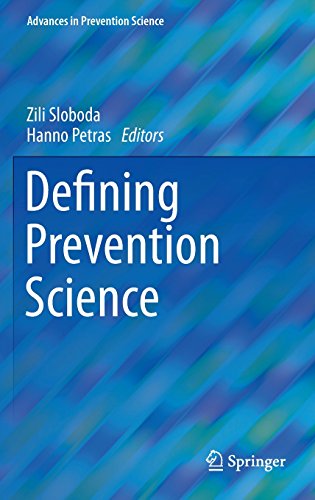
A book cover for Defining Prevention Science (Advances in Prevention Science); Medical Books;